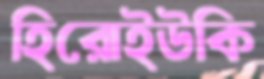
হিরোইউকি